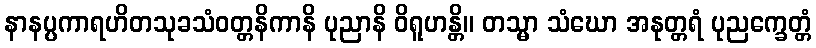
နာနပ္ပကာရဟိတသုခသံဝတ္တနိကာနိ ပုညာနိ ဝိရူဟန္တိ။ တသ္မာ သံဃော အနုတ္တရံ ပုညက္ခေတ္တံ